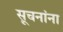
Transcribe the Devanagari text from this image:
सूचनांना